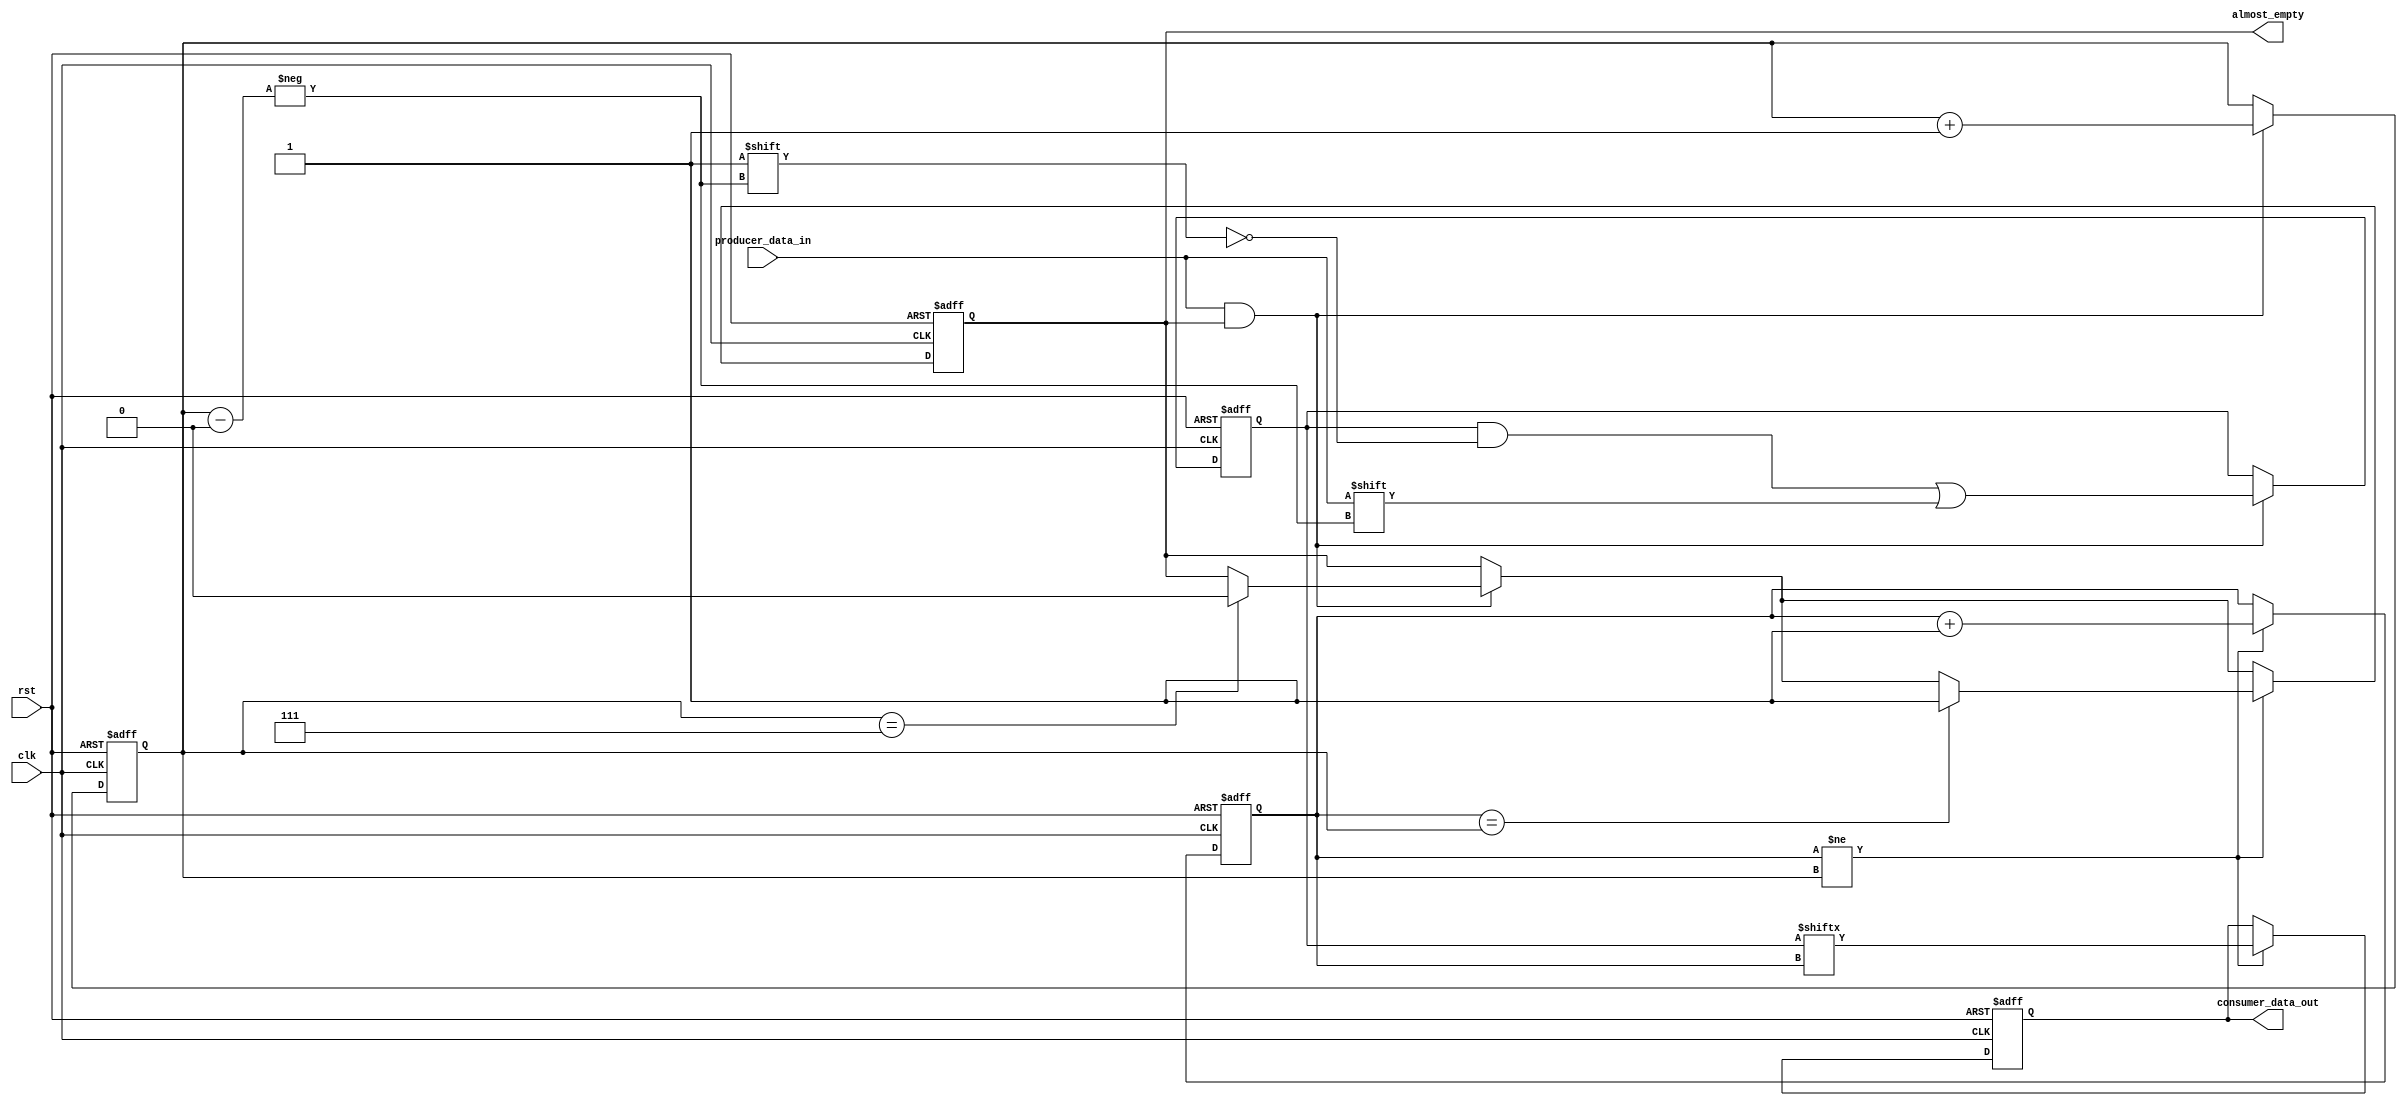
module Almost_Empty_FIFO_Buffer (
  input wire clk,
  input wire rst,
  input wire producer_data_in,
  output reg consumer_data_out,
  output reg almost_empty
);

parameter BUFFER_SIZE = 8;
reg [BUFFER_SIZE-1:0] buffer;
reg [3:0] write_ptr;
reg [3:0] read_ptr;

always @(posedge clk or posedge rst) begin
  if (rst) begin
    write_ptr <= 0;
    read_ptr <= 0;
    buffer <= 0;
    consumer_data_out <= 0;
    almost_empty <= 1;
  end
  else begin
    if (producer_data_in && almost_empty) begin
      buffer[write_ptr] <= producer_data_in;
      write_ptr <= write_ptr + 1;
      if (write_ptr == BUFFER_SIZE-1) begin
        almost_empty <= 0;
      end
    end
    
    if (read_ptr != write_ptr) begin
      consumer_data_out <= buffer[read_ptr];
      read_ptr <= read_ptr + 1;
      if (read_ptr == write_ptr) begin
        almost_empty <= 1;
      end
    end
  end
end

endmodule